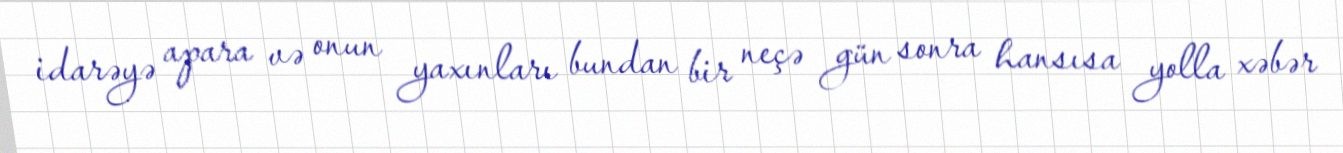
idarəyə apara və onun yaxınları bundan bir neçə gün sonra hansısa yolla xəbər